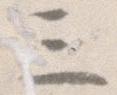
三